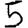
Digit: 5